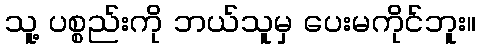
သူ့ ပစ္စည်းကို ဘယ်သူမှ ပေးမကိုင်ဘူး။